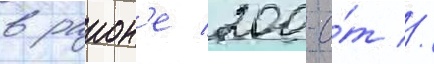
в раион'е 200-о́т //